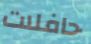
حافلات